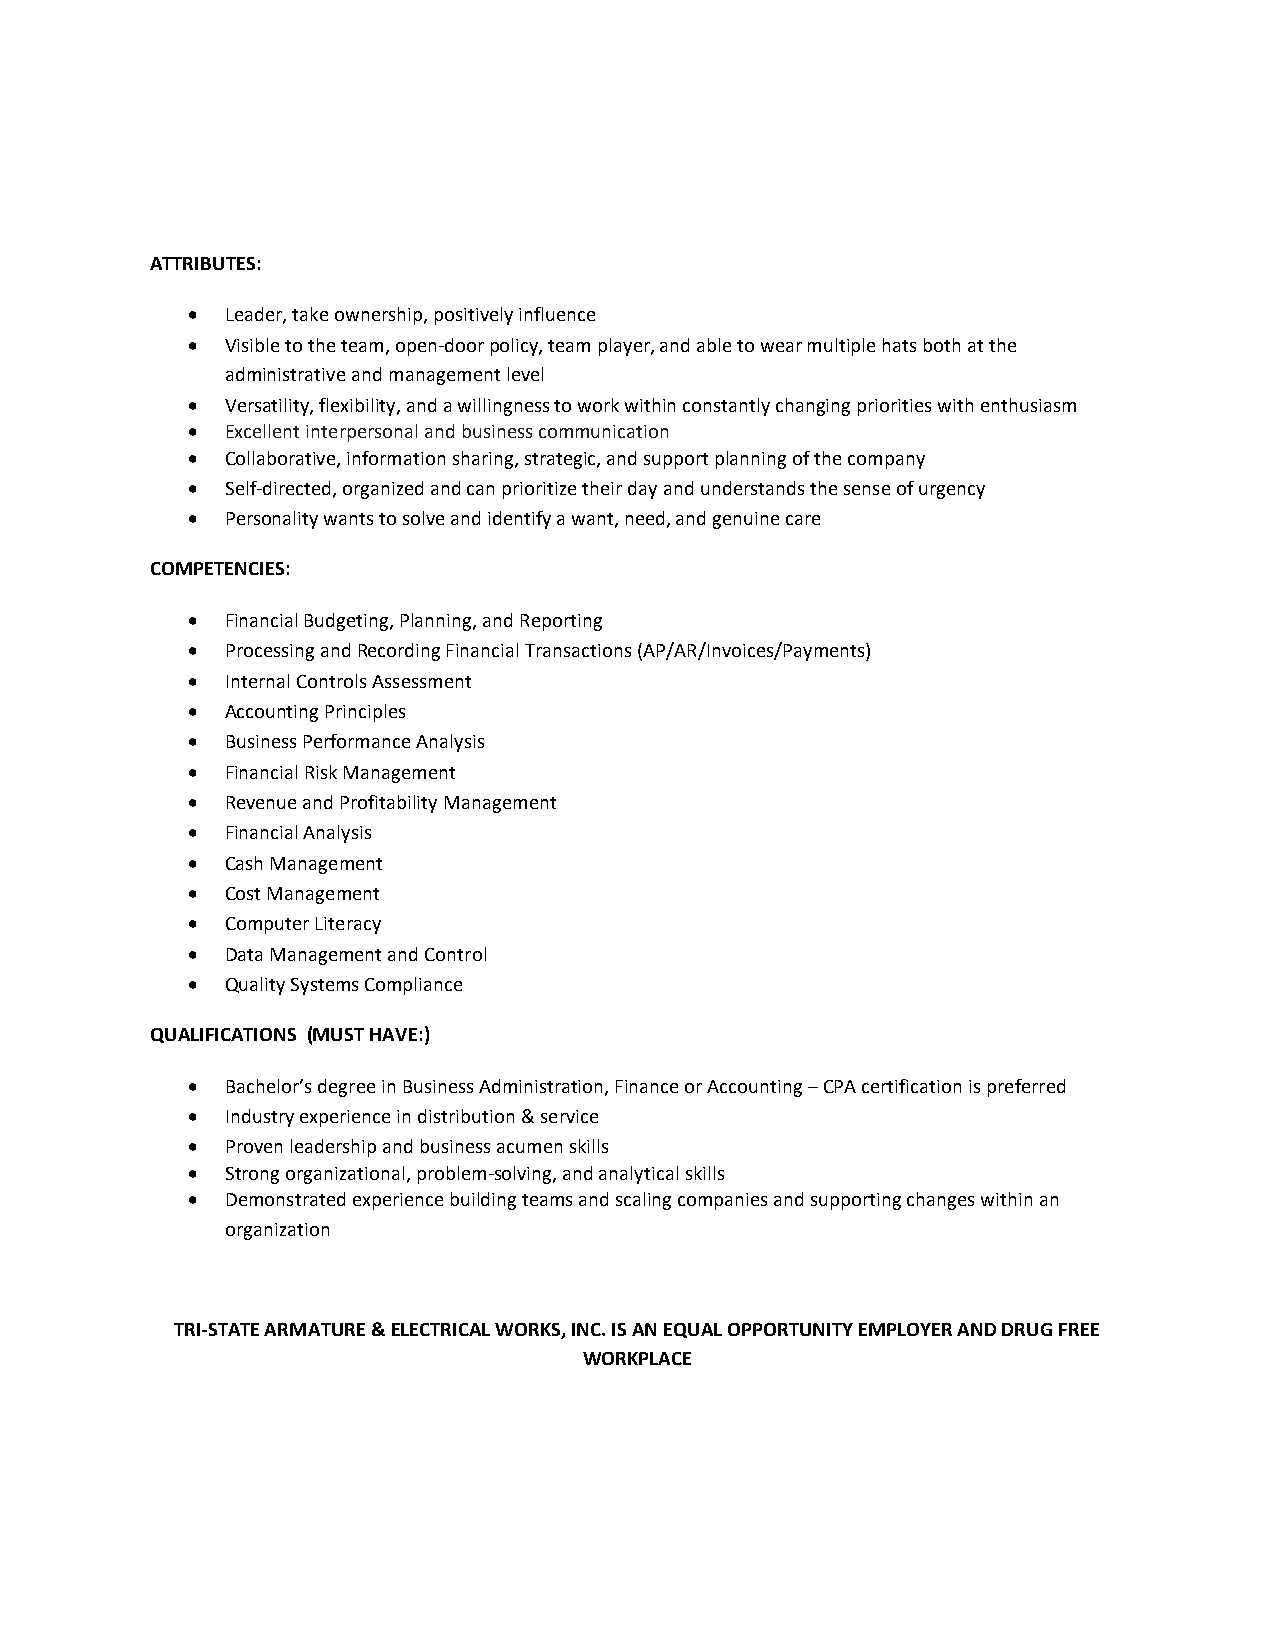
ATTRIBUTES:
 •  Leader, take ownership, positively influence
 •  Visible to the team, open-door policy, team player, and able to wear multiple hats both at the
 administrative and management level
 •  Versatility, flexibility, and a willingness to work within constantly changing priorities with enthusiasm
 •  Excellent interpersonal and business communication
 •  Collaborative, information sharing, strategic, and support planning of the company
 •  Self-directed, organized and can prioritize their day and understands the sense of urgency
 •  Personality wants to solve and identify a want, need, and genuine care
 COMPETENCIES:
 •  Financial Budgeting, Planning, and Reporting
 •  Processing and Recording Financial Transactions (AP/AR/Invoices/Payments)
 •  Internal Controls Assessment
 •  Accounting Principles
 •  Business Performance Analysis
 •  Financial Risk Management
 •  Revenue and Profitability Management
 •  Financial Analysis
 •  Cash Management
 •  Cost Management
 •  Computer Literacy
 •  Data Management and Control
 •  Quality Systems Compliance
 QUALIFICATIONS (MUST HAVE:)
 •  Bachelor’s degree in Business Administration, Finance or Accounting – CPA certification is preferred
 •  Industry experience in distribution & service
 •  Proven leadership and business acumen skills
 •  Strong organizational, problem-solving, and analytical skills
 •  Demonstrated experience building teams and scaling companies and supporting changes within an
 organization
 TRI-STATE ARMATURE & ELECTRICAL WORKS, INC. IS AN EQUAL OPPORTUNITY EMPLOYER AND DRUG FREE
 WORKPLACE